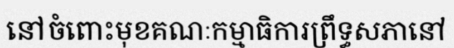
នៅចំពោះមុខគណៈកម្មាធិការព្រឹទ្ធសភានៅ